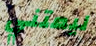
ليعتني